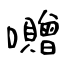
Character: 囎